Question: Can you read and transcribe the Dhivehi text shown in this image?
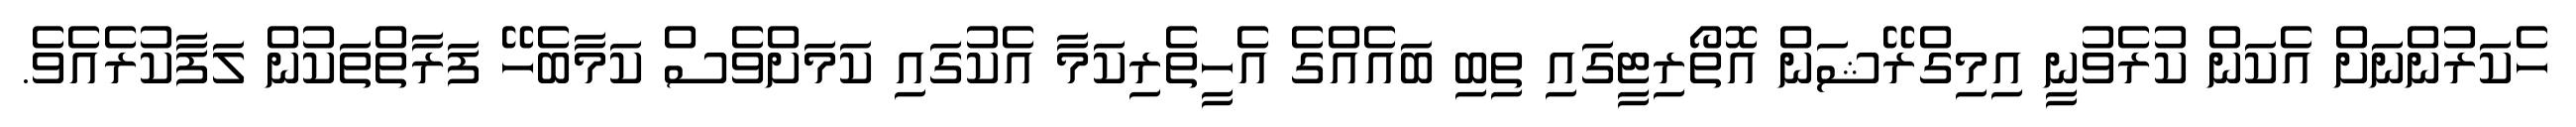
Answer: ހެކަރުންނަށް އެކަން ކުރެވުނީ އިމިގްރޭޝަން އޮތޯރިޓީގައި ތިބި ބައެއްގެ އެހީތެރިކަމާ އެކުގައި ކަމަށްވެސް ކަމާބެހޭ ފަރާތްތަކުން ލަފާކުރެއެވެ.